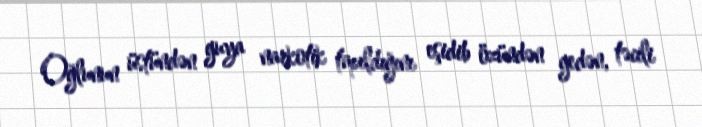
Oğlunun üstündən guya narkotik tapıldığını eşidib özündən gedən, təcili